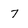
Character: 7